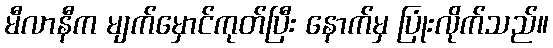
မီလာနီက မျက်မှောင်ကုတ်ပြီး နောက်မှ ပြုံးလိုက်သည်။